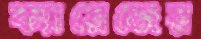
ক্যারেজের